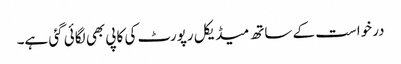
درخواست کے ساتھ میڈیکل رپورٹ کی کاپی بھی لگائی گئی ہے۔